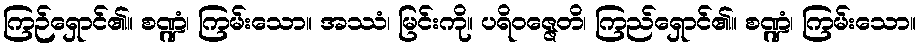
ကြဉ်ရှောင်၏။ စဏ္ဍံ၊ ကြမ်းသော။ အဿံ၊ မြင်းကို။ ပရိဝဇ္ဇေတိ၊ ကြည်ရှောင်၏။ စဏ္ဍံ၊ ကြမ်းသော။